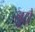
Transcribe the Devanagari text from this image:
लूटो